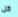
كل